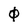
Character: 0